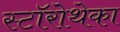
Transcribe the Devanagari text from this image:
स्टॉरोथेका